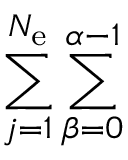
\sum _ { j = 1 } ^ { N _ { \mathrm { e } } } \sum _ { \beta = 0 } ^ { \alpha - 1 }